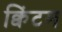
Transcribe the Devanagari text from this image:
क्विंटम